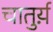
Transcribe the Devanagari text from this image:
चातुर्य़